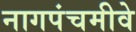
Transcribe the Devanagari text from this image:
नागपंचमीवे